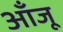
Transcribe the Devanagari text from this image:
आँजू